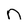
Character: n